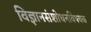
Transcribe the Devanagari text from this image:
विज्ञानसंशोधनविषयक